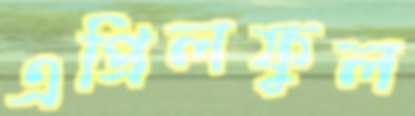
এপ্রিলফুল